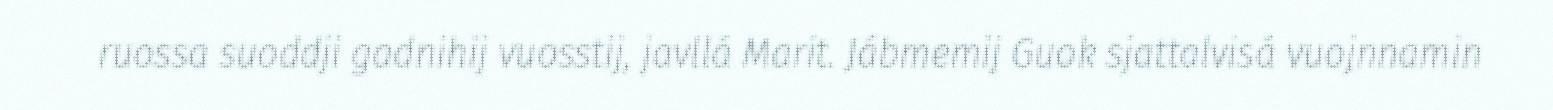
ruossa suoddji gadnihij vuosstij, javllá Marit. Jábmemij Guok sjattalvisá vuojnnamin